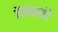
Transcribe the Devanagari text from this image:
पैगंबरांचे